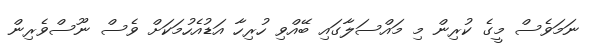
ނަމަވެސް މީގެ ކުރިން މި މައްސަލާގައި ބޭއްވި ހުރިހާ އަޑުއެހުމަކަށް ވެސް ނޫސްވެރިން